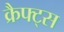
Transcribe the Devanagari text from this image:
क्रैफ्ट्स